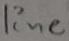
Text: line